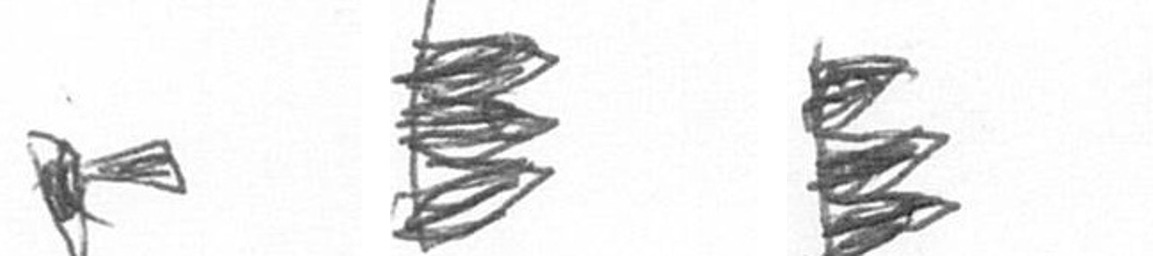
F H H